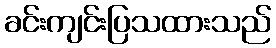
ခင်းကျင်းပြသထားသည်